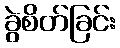
ခွဲစိတ်ခြင်း